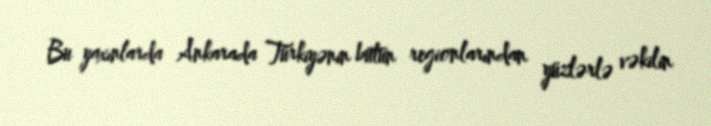
Bu yaxınlarda Ankarada Türkiyənin bütün regionlarından yüzlərlə vəkilin